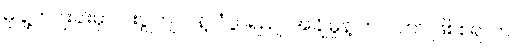
မုနျ့ဟငျးခါးမှာ ငါးပွုတျ၊ ပဲနဲ့၊ ငံပွာရညျ၊ အချိုမှုန့် ဘဲ ပါတာ ဖြစ်စရာက